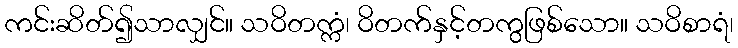
ကင်းဆိတ်၍သာလျှင်။ သဝိတက္ကံ၊ ဝိတက်နှင့်တကွဖြစ်သော။ သဝိစာရံ၊